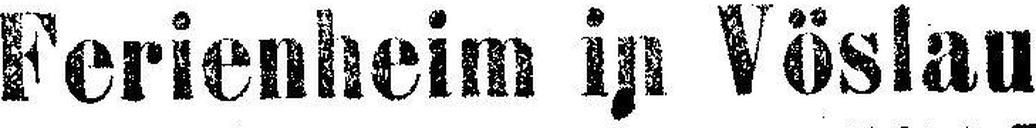
Ferienheim in Vöslau